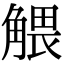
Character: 𧤖